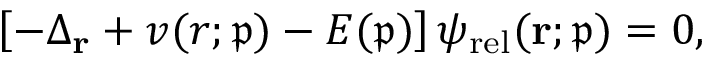
\left[ - \Delta _ { \mathbf { r } } + v ( r ; \mathfrak { p } ) - E ( \mathfrak { p } ) \right] \psi _ { \mathrm { r e l } } ( \mathbf { r } ; \mathfrak { p } ) = 0 ,